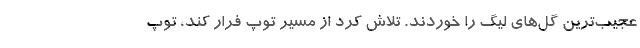
عجیب‌ترین گل‌های لیگ را خوردند. تلاش کرد از مسیر توپ فرار کند، توپ